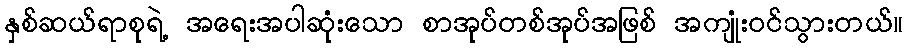
နှစ်ဆယ်ရာစုရဲ့ အရေးအပါဆုံးသော စာအုပ်တစ်အုပ်အဖြစ် အကျုံးဝင်သွားတယ်။